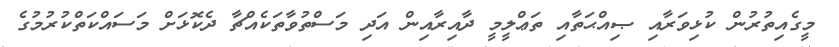
މީގެއިތުރުން ކުޅިވަރާއި ޞިއްޙަތާއި ތަޢްލީމީ ދާއިރާއިން އަދި މަސްތުވާތަކެއްޗާ ދެކޮޅަށް މަސައްކަތްކުރުމުގެ